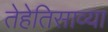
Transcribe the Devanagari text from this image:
तेहेतिसाव्या